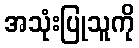
အသုံးပြုသူကို